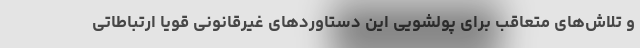
و تلاش‌های متعاقب برای پولشویی این دستاوردهای غیرقانونی قویا ارتباطاتی